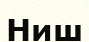
Ниш